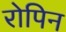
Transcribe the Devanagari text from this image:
रोपिन